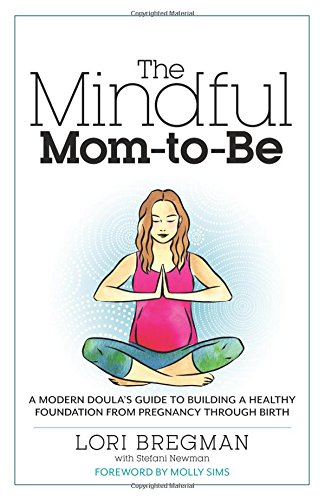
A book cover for The Mindful Mom-To-Be: A Modern Doula's Guide to Building a Healthy Foundation from Pregnancy Through Birth; Lori Bregman; Parenting & Relationships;